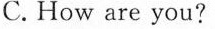
C. How are you?